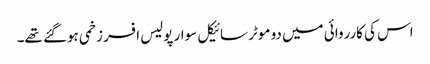
اس کی کارروائی میں دو موٹر سائیکل سوار پولیس افسر زخمی ہوگئے تھے۔